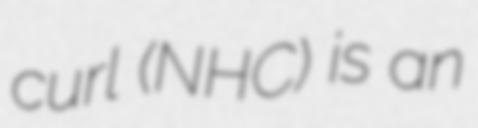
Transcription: curl (NHC) is an